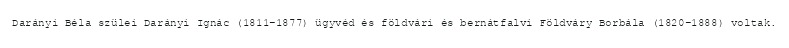
Darányi Béla szülei Darányi Ignác (1811–1877) ügyvéd és földvári és bernátfalvi Földváry Borbála (1820–1888) voltak.